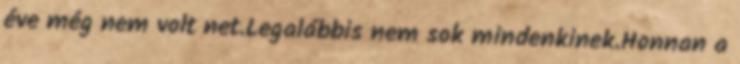
éve még nem volt net.Legalábbis nem sok mindenkinek.Honnan a